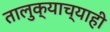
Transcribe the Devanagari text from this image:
तालुक्याच्याही